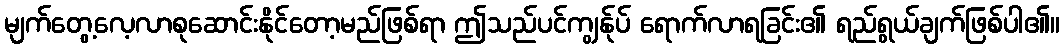
မျက်တွေ့လေ့လာစုဆောင်းနိုင်တော့မည်ဖြစ်ရာ ဤသည်ပင်ကျွန်ုပ် ရောက်လာရခြင်း၏ ရည်ရွယ်ချက်ဖြစ်ပါ၏။